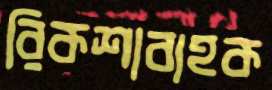
রিকশাবাহক